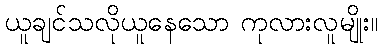
ယူချင်သလိုယူနေသော ကုလားလူမျိုး။